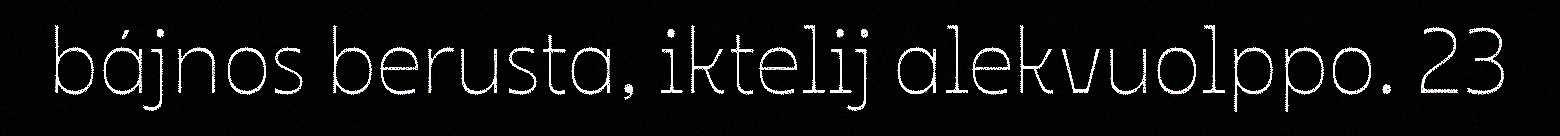
bájnos berusta, iktelij alekvuolppo. 23